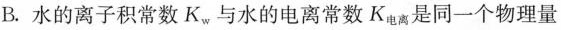
B.水的离子积常数K_{w}与水的电离常数K_{电离}是同-一个物理量